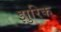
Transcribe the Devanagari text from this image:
झुरिक